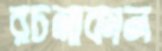
রচনাকাল